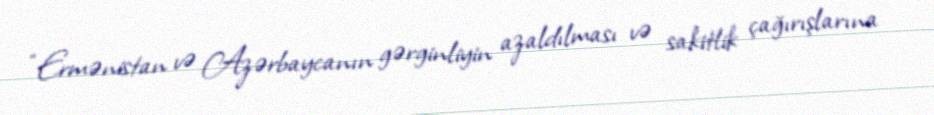
“Ermənistan və Azərbaycanın gərginliyin azaldılması və sakitlik çağırışlarına